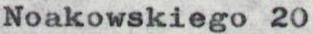
Noakowskiego 20